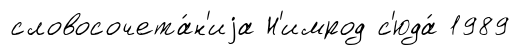
словосочета́н'иjа Н'имрод с'юда́ 1989